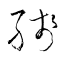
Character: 殘